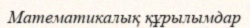
Математикалық құрылымдар